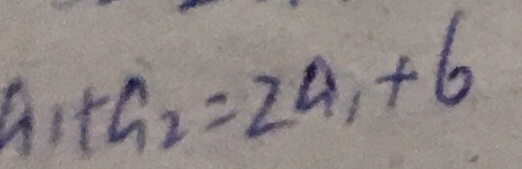
a _ { 1 } + a _ { 2 } = 2 a _ { 1 } + 6